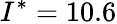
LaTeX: I^{*}=10.6